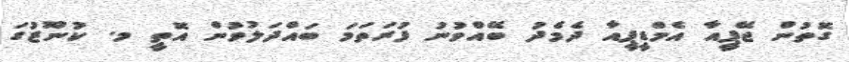
ގޮތުން ޖޭޕީއާ އެމްޑީޕީއާ ދެމެދު ބޭއްވުނު ފުރަތަމަ ބައްދަލުވުން އޮތީ މ. ކުނޫޒުގަ